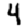
Digit: 4